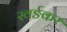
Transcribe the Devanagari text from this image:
स्वर्ङकर